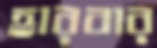
হারবার